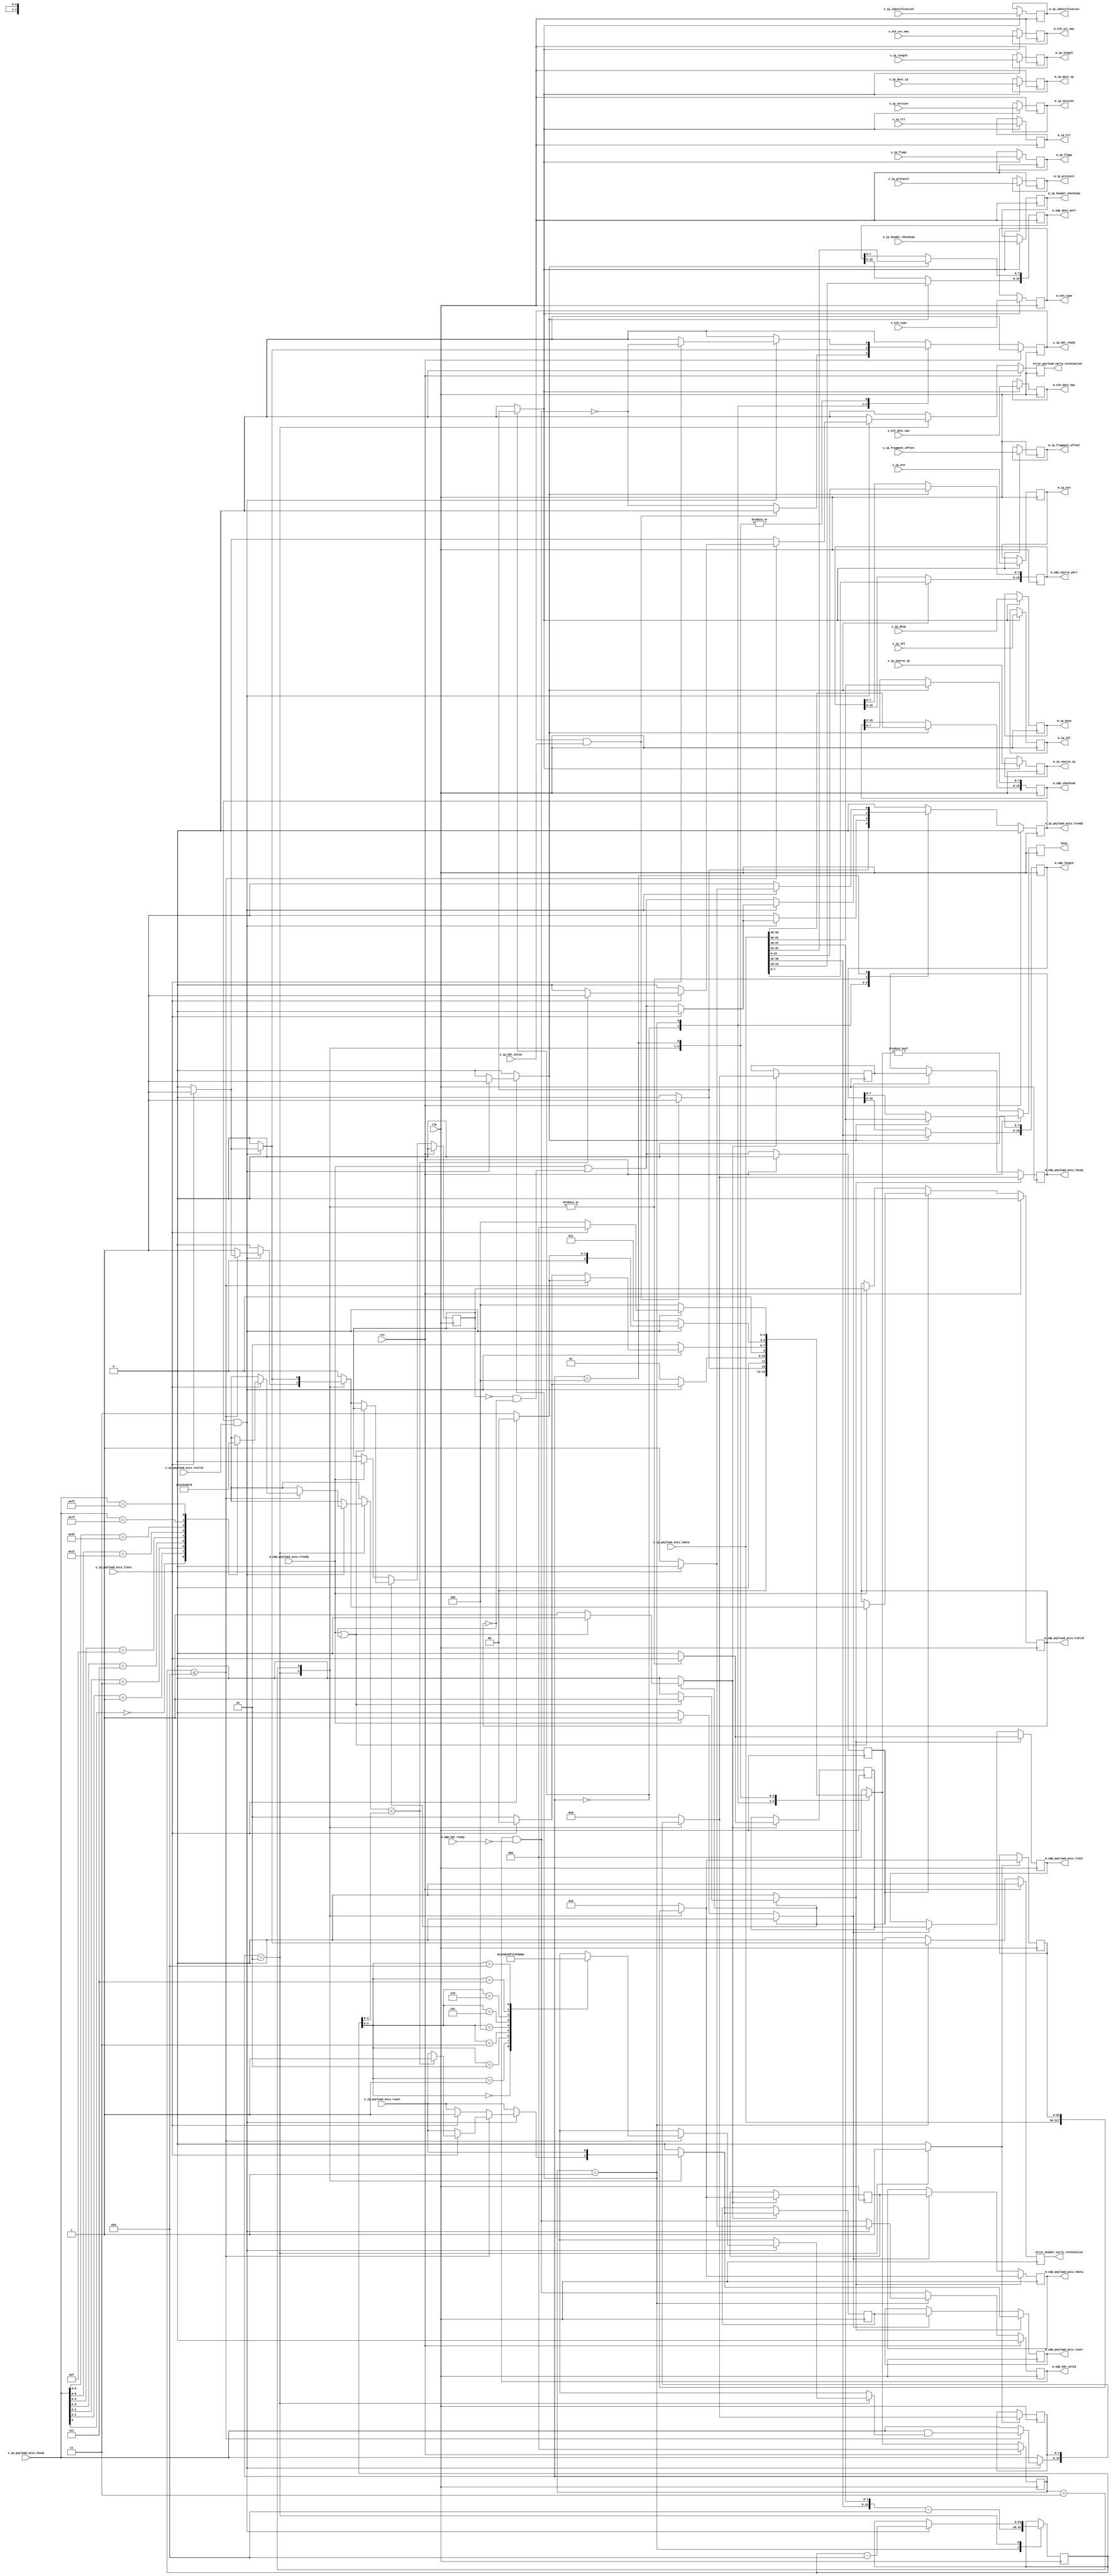
/*

Copyright (c) 2014-2018 Alex Forencich

Permission is hereby granted, free of charge, to any person obtaining a copy
of this software and associated documentation files (the "Software"), to deal
in the Software without restriction, including without limitation the rights
to use, copy, modify, merge, publish, distribute, sublicense, and/or sell
copies of the Software, and to permit persons to whom the Software is
furnished to do so, subject to the following conditions:

The above copyright notice and this permission notice shall be included in
all copies or substantial portions of the Software.

THE SOFTWARE IS PROVIDED "AS IS", WITHOUT WARRANTY OF ANY KIND, EXPRESS OR
IMPLIED, INCLUDING BUT NOT LIMITED TO THE WARRANTIES OF MERCHANTABILITY
FITNESS FOR A PARTICULAR PURPOSE AND NONINFRINGEMENT. IN NO EVENT SHALL THE
AUTHORS OR COPYRIGHT HOLDERS BE LIABLE FOR ANY CLAIM, DAMAGES OR OTHER
LIABILITY, WHETHER IN AN ACTION OF CONTRACT, TORT OR OTHERWISE, ARISING FROM,
OUT OF OR IN CONNECTION WITH THE SOFTWARE OR THE USE OR OTHER DEALINGS IN
THE SOFTWARE.

*/

// Language: Verilog 2001

`resetall
`timescale 1ns / 1ps
`default_nettype none

/*
 * UDP ethernet frame receiver (IP frame in, UDP frame out, 64 bit datapath)
 */
module udp_ip_rx_64
(
    input  wire        clk,
    input  wire        rst,

    /*
     * IP frame input
     */
    input  wire        s_ip_hdr_valid,
    output wire        s_ip_hdr_ready,
    input  wire [47:0] s_eth_dest_mac,
    input  wire [47:0] s_eth_src_mac,
    input  wire [15:0] s_eth_type,
    input  wire [3:0]  s_ip_version,
    input  wire [3:0]  s_ip_ihl,
    input  wire [5:0]  s_ip_dscp,
    input  wire [1:0]  s_ip_ecn,
    input  wire [15:0] s_ip_length,
    input  wire [15:0] s_ip_identification,
    input  wire [2:0]  s_ip_flags,
    input  wire [12:0] s_ip_fragment_offset,
    input  wire [7:0]  s_ip_ttl,
    input  wire [7:0]  s_ip_protocol,
    input  wire [15:0] s_ip_header_checksum,
    input  wire [31:0] s_ip_source_ip,
    input  wire [31:0] s_ip_dest_ip,
    input  wire [63:0] s_ip_payload_axis_tdata,
    input  wire [7:0]  s_ip_payload_axis_tkeep,
    input  wire        s_ip_payload_axis_tvalid,
    output wire        s_ip_payload_axis_tready,
    input  wire        s_ip_payload_axis_tlast,
    input  wire        s_ip_payload_axis_tuser,

    /*
     * UDP frame output
     */
    output wire        m_udp_hdr_valid,
    input  wire        m_udp_hdr_ready,
    output wire [47:0] m_eth_dest_mac,
    output wire [47:0] m_eth_src_mac,
    output wire [15:0] m_eth_type,
    output wire [3:0]  m_ip_version,
    output wire [3:0]  m_ip_ihl,
    output wire [5:0]  m_ip_dscp,
    output wire [1:0]  m_ip_ecn,
    output wire [15:0] m_ip_length,
    output wire [15:0] m_ip_identification,
    output wire [2:0]  m_ip_flags,
    output wire [12:0] m_ip_fragment_offset,
    output wire [7:0]  m_ip_ttl,
    output wire [7:0]  m_ip_protocol,
    output wire [15:0] m_ip_header_checksum,
    output wire [31:0] m_ip_source_ip,
    output wire [31:0] m_ip_dest_ip,
    output wire [15:0] m_udp_source_port,
    output wire [15:0] m_udp_dest_port,
    output wire [15:0] m_udp_length,
    output wire [15:0] m_udp_checksum,
    output wire [63:0] m_udp_payload_axis_tdata,
    output wire [7:0]  m_udp_payload_axis_tkeep,
    output wire        m_udp_payload_axis_tvalid,
    input  wire        m_udp_payload_axis_tready,
    output wire        m_udp_payload_axis_tlast,
    output wire        m_udp_payload_axis_tuser,

    /*
     * Status signals
     */
    output wire        busy,
    output wire        error_header_early_termination,
    output wire        error_payload_early_termination
);

/*

UDP Frame

 Field                       Length
 Destination MAC address     6 octets
 Source MAC address          6 octets
 Ethertype (0x0800)          2 octets
 Version (4)                 4 bits
 IHL (5-15)                  4 bits
 DSCP (0)                    6 bits
 ECN (0)                     2 bits
 length                      2 octets
 identification (0?)         2 octets
 flags (010)                 3 bits
 fragment offset (0)         13 bits
 time to live (64?)          1 octet
 protocol                    1 octet
 header checksum             2 octets
 source IP                   4 octets
 destination IP              4 octets
 options                     (IHL-5)*4 octets

 source port                 2 octets
 desination port             2 octets
 length                      2 octets
 checksum                    2 octets

 payload                     length octets

This module receives an IP frame with header fields in parallel and payload on
an AXI stream interface, decodes and strips the UDP header fields, then
produces the header fields in parallel along with the UDP payload in a
separate AXI stream.

*/

localparam [2:0]
    STATE_IDLE = 3'd0,
    STATE_READ_HEADER = 3'd1,
    STATE_READ_PAYLOAD = 3'd2,
    STATE_READ_PAYLOAD_LAST = 3'd3,
    STATE_WAIT_LAST = 3'd4;

reg [2:0] state_reg = STATE_IDLE, state_next;

// datapath control signals
reg store_ip_hdr;
reg store_hdr_word_0;
reg store_last_word;

reg [15:0] word_count_reg = 16'd0, word_count_next;

reg [63:0] last_word_data_reg = 64'd0;
reg [7:0] last_word_keep_reg = 8'd0;

reg m_udp_hdr_valid_reg = 1'b0, m_udp_hdr_valid_next;
reg [47:0] m_eth_dest_mac_reg = 48'd0;
reg [47:0] m_eth_src_mac_reg = 48'd0;
reg [15:0] m_eth_type_reg = 16'd0;
reg [3:0] m_ip_version_reg = 4'd0;
reg [3:0] m_ip_ihl_reg = 4'd0;
reg [5:0] m_ip_dscp_reg = 6'd0;
reg [1:0] m_ip_ecn_reg = 2'd0;
reg [15:0] m_ip_length_reg = 16'd0;
reg [15:0] m_ip_identification_reg = 16'd0;
reg [2:0] m_ip_flags_reg = 3'd0;
reg [12:0] m_ip_fragment_offset_reg = 13'd0;
reg [7:0] m_ip_ttl_reg = 8'd0;
reg [7:0] m_ip_protocol_reg = 8'd0;
reg [15:0] m_ip_header_checksum_reg = 16'd0;
reg [31:0] m_ip_source_ip_reg = 32'd0;
reg [31:0] m_ip_dest_ip_reg = 32'd0;
reg [15:0] m_udp_source_port_reg = 16'd0;
reg [15:0] m_udp_dest_port_reg = 16'd0;
reg [15:0] m_udp_length_reg = 16'd0;
reg [15:0] m_udp_checksum_reg = 16'd0;

reg s_ip_hdr_ready_reg = 1'b0, s_ip_hdr_ready_next;
reg s_ip_payload_axis_tready_reg = 1'b0, s_ip_payload_axis_tready_next;

reg busy_reg = 1'b0;
reg error_header_early_termination_reg = 1'b0, error_header_early_termination_next;
reg error_payload_early_termination_reg = 1'b0, error_payload_early_termination_next;

// internal datapath
reg [63:0] m_udp_payload_axis_tdata_int;
reg [7:0]  m_udp_payload_axis_tkeep_int;
reg        m_udp_payload_axis_tvalid_int;
reg        m_udp_payload_axis_tready_int_reg = 1'b0;
reg        m_udp_payload_axis_tlast_int;
reg        m_udp_payload_axis_tuser_int;
wire       m_udp_payload_axis_tready_int_early;

assign s_ip_hdr_ready = s_ip_hdr_ready_reg;
assign s_ip_payload_axis_tready = s_ip_payload_axis_tready_reg;

assign m_udp_hdr_valid = m_udp_hdr_valid_reg;
assign m_eth_dest_mac = m_eth_dest_mac_reg;
assign m_eth_src_mac = m_eth_src_mac_reg;
assign m_eth_type = m_eth_type_reg;
assign m_ip_version = m_ip_version_reg;
assign m_ip_ihl = m_ip_ihl_reg;
assign m_ip_dscp = m_ip_dscp_reg;
assign m_ip_ecn = m_ip_ecn_reg;
assign m_ip_length = m_ip_length_reg;
assign m_ip_identification = m_ip_identification_reg;
assign m_ip_flags = m_ip_flags_reg;
assign m_ip_fragment_offset = m_ip_fragment_offset_reg;
assign m_ip_ttl = m_ip_ttl_reg;
assign m_ip_protocol = m_ip_protocol_reg;
assign m_ip_header_checksum = m_ip_header_checksum_reg;
assign m_ip_source_ip = m_ip_source_ip_reg;
assign m_ip_dest_ip = m_ip_dest_ip_reg;
assign m_udp_source_port = m_udp_source_port_reg;
assign m_udp_dest_port = m_udp_dest_port_reg;
assign m_udp_length = m_udp_length_reg;
assign m_udp_checksum = m_udp_checksum_reg;

assign busy = busy_reg;
assign error_header_early_termination = error_header_early_termination_reg;
assign error_payload_early_termination = error_payload_early_termination_reg;

function [3:0] keep2count;
    input [7:0] k;
    casez (k)
        8'bzzzzzzz0: keep2count = 4'd0;
        8'bzzzzzz01: keep2count = 4'd1;
        8'bzzzzz011: keep2count = 4'd2;
        8'bzzzz0111: keep2count = 4'd3;
        8'bzzz01111: keep2count = 4'd4;
        8'bzz011111: keep2count = 4'd5;
        8'bz0111111: keep2count = 4'd6;
        8'b01111111: keep2count = 4'd7;
        8'b11111111: keep2count = 4'd8;
    endcase
endfunction

function [7:0] count2keep;
    input [3:0] k;
    case (k)
        4'd0: count2keep = 8'b00000000;
        4'd1: count2keep = 8'b00000001;
        4'd2: count2keep = 8'b00000011;
        4'd3: count2keep = 8'b00000111;
        4'd4: count2keep = 8'b00001111;
        4'd5: count2keep = 8'b00011111;
        4'd6: count2keep = 8'b00111111;
        4'd7: count2keep = 8'b01111111;
        4'd8: count2keep = 8'b11111111;
    endcase
endfunction

always @* begin
    state_next = STATE_IDLE;

    s_ip_hdr_ready_next = 1'b0;
    s_ip_payload_axis_tready_next = 1'b0;

    store_ip_hdr = 1'b0;
    store_hdr_word_0 = 1'b0;

    store_last_word = 1'b0;

    word_count_next = word_count_reg;

    m_udp_hdr_valid_next = m_udp_hdr_valid_reg && !m_udp_hdr_ready;

    error_header_early_termination_next = 1'b0;
    error_payload_early_termination_next = 1'b0;

    m_udp_payload_axis_tdata_int = 64'd0;
    m_udp_payload_axis_tkeep_int = 8'd0;
    m_udp_payload_axis_tvalid_int = 1'b0;
    m_udp_payload_axis_tlast_int = 1'b0;
    m_udp_payload_axis_tuser_int = 1'b0;

    case (state_reg)
        STATE_IDLE: begin
            // idle state - wait for header
            s_ip_hdr_ready_next = !m_udp_hdr_valid_next;

            if (s_ip_hdr_ready && s_ip_hdr_valid) begin
                s_ip_hdr_ready_next = 1'b0;
                s_ip_payload_axis_tready_next = 1'b1;
                store_ip_hdr = 1'b1;
                state_next = STATE_READ_HEADER;
            end else begin
                state_next = STATE_IDLE;
            end
        end
        STATE_READ_HEADER: begin
            // read header state
            s_ip_payload_axis_tready_next = 1'b1;

            word_count_next = {s_ip_payload_axis_tdata[39:32], s_ip_payload_axis_tdata[47:40]} - 16'd8;

            if (s_ip_payload_axis_tready && s_ip_payload_axis_tvalid) begin
                // word transfer in - store it
                state_next = STATE_READ_HEADER;

                store_hdr_word_0 = 1'b1;
                m_udp_hdr_valid_next = 1'b1;
                s_ip_payload_axis_tready_next = m_udp_payload_axis_tready_int_early;
                state_next = STATE_READ_PAYLOAD;

                if (s_ip_payload_axis_tlast) begin
                    error_header_early_termination_next = 1'b1;
                    m_udp_hdr_valid_next = 1'b0;
                    s_ip_hdr_ready_next = !m_udp_hdr_valid_next;
                    s_ip_payload_axis_tready_next = 1'b0;
                    state_next = STATE_IDLE;
                end

            end else begin
                state_next = STATE_READ_HEADER;
            end
        end
        STATE_READ_PAYLOAD: begin
            // read payload
            s_ip_payload_axis_tready_next = m_udp_payload_axis_tready_int_early;

            m_udp_payload_axis_tdata_int = s_ip_payload_axis_tdata;
            m_udp_payload_axis_tkeep_int = s_ip_payload_axis_tkeep;
            m_udp_payload_axis_tlast_int = s_ip_payload_axis_tlast;
            m_udp_payload_axis_tuser_int = s_ip_payload_axis_tuser;

            store_last_word = 1'b1;

            if (s_ip_payload_axis_tready && s_ip_payload_axis_tvalid) begin
                // word transfer through
                word_count_next = word_count_reg - 16'd8;
                m_udp_payload_axis_tvalid_int = 1'b1;
                if (word_count_reg <= 8) begin
                    // have entire payload
                    m_udp_payload_axis_tkeep_int = s_ip_payload_axis_tkeep & count2keep(word_count_reg);
                    if (s_ip_payload_axis_tlast) begin
                        if (keep2count(s_ip_payload_axis_tkeep) < word_count_reg[4:0]) begin
                            // end of frame, but length does not match
                            error_payload_early_termination_next = 1'b1;
                            m_udp_payload_axis_tuser_int = 1'b1;
                        end
                        s_ip_payload_axis_tready_next = 1'b0;
                        s_ip_hdr_ready_next = !m_udp_hdr_valid_next;
                        state_next = STATE_IDLE;
                    end else begin
                        m_udp_payload_axis_tvalid_int = 1'b0;
                        state_next = STATE_READ_PAYLOAD_LAST;
                    end
                end else begin
                    if (s_ip_payload_axis_tlast) begin
                        // end of frame, but length does not match
                        error_payload_early_termination_next = 1'b1;
                        m_udp_payload_axis_tuser_int = 1'b1;
                        s_ip_payload_axis_tready_next = 1'b0;
                        s_ip_hdr_ready_next = !m_udp_hdr_valid_next;
                        state_next = STATE_IDLE;
                    end else begin
                        state_next = STATE_READ_PAYLOAD;
                    end
                end
            end else begin
                state_next = STATE_READ_PAYLOAD;
            end
        end
        STATE_READ_PAYLOAD_LAST: begin
            // read and discard until end of frame
            s_ip_payload_axis_tready_next = m_udp_payload_axis_tready_int_early;

            m_udp_payload_axis_tdata_int = last_word_data_reg;
            m_udp_payload_axis_tkeep_int = last_word_keep_reg;
            m_udp_payload_axis_tlast_int = s_ip_payload_axis_tlast;
            m_udp_payload_axis_tuser_int = s_ip_payload_axis_tuser;

            if (s_ip_payload_axis_tready && s_ip_payload_axis_tvalid) begin
                if (s_ip_payload_axis_tlast) begin
                    s_ip_hdr_ready_next = !m_udp_hdr_valid_next;
                    s_ip_payload_axis_tready_next = 1'b0;
                    m_udp_payload_axis_tvalid_int = 1'b1;
                    state_next = STATE_IDLE;
                end else begin
                    state_next = STATE_READ_PAYLOAD_LAST;
                end
            end else begin
                state_next = STATE_READ_PAYLOAD_LAST;
            end
        end
        STATE_WAIT_LAST: begin
            // wait for end of frame; read and discard
            s_ip_payload_axis_tready_next = 1'b1;

            if (s_ip_payload_axis_tready && s_ip_payload_axis_tvalid) begin
                if (s_ip_payload_axis_tlast) begin
                    s_ip_hdr_ready_next = !m_udp_hdr_valid_next;
                    s_ip_payload_axis_tready_next = 1'b0;
                    state_next = STATE_IDLE;
                end else begin
                    state_next = STATE_WAIT_LAST;
                end
            end else begin
                state_next = STATE_WAIT_LAST;
            end
        end
    endcase
end

always @(posedge clk) begin
    if (rst) begin
        state_reg <= STATE_IDLE;
        s_ip_hdr_ready_reg <= 1'b0;
        s_ip_payload_axis_tready_reg <= 1'b0;
        m_udp_hdr_valid_reg <= 1'b0;
        busy_reg <= 1'b0;
        error_header_early_termination_reg <= 1'b0;
        error_payload_early_termination_reg <= 1'b0;
    end else begin
        state_reg <= state_next;

        s_ip_hdr_ready_reg <= s_ip_hdr_ready_next;
        s_ip_payload_axis_tready_reg <= s_ip_payload_axis_tready_next;

        m_udp_hdr_valid_reg <= m_udp_hdr_valid_next;

        error_header_early_termination_reg <= error_header_early_termination_next;
        error_payload_early_termination_reg <= error_payload_early_termination_next;

        busy_reg <= state_next != STATE_IDLE;
    end

    word_count_reg <= word_count_next;

    // datapath
    if (store_ip_hdr) begin
        m_eth_dest_mac_reg <= s_eth_dest_mac;
        m_eth_src_mac_reg <= s_eth_src_mac;
        m_eth_type_reg <= s_eth_type;
        m_ip_version_reg <= s_ip_version;
        m_ip_ihl_reg <= s_ip_ihl;
        m_ip_dscp_reg <= s_ip_dscp;
        m_ip_ecn_reg <= s_ip_ecn;
        m_ip_length_reg <= s_ip_length;
        m_ip_identification_reg <= s_ip_identification;
        m_ip_flags_reg <= s_ip_flags;
        m_ip_fragment_offset_reg <= s_ip_fragment_offset;
        m_ip_ttl_reg <= s_ip_ttl;
        m_ip_protocol_reg <= s_ip_protocol;
        m_ip_header_checksum_reg <= s_ip_header_checksum;
        m_ip_source_ip_reg <= s_ip_source_ip;
        m_ip_dest_ip_reg <= s_ip_dest_ip;
    end

    if (store_last_word) begin
        last_word_data_reg <= m_udp_payload_axis_tdata_int;
        last_word_keep_reg <= m_udp_payload_axis_tkeep_int;
    end

    if (store_hdr_word_0) begin
        m_udp_source_port_reg[15: 8] <= s_ip_payload_axis_tdata[ 7: 0];
        m_udp_source_port_reg[ 7: 0] <= s_ip_payload_axis_tdata[15: 8];
        m_udp_dest_port_reg[15: 8] <= s_ip_payload_axis_tdata[23:16];
        m_udp_dest_port_reg[ 7: 0] <= s_ip_payload_axis_tdata[31:24];
        m_udp_length_reg[15: 8] <= s_ip_payload_axis_tdata[39:32];
        m_udp_length_reg[ 7: 0] <= s_ip_payload_axis_tdata[47:40];
        m_udp_checksum_reg[15: 8] <= s_ip_payload_axis_tdata[55:48];
        m_udp_checksum_reg[ 7: 0] <= s_ip_payload_axis_tdata[63:56];
    end
end

// output datapath logic
reg [63:0] m_udp_payload_axis_tdata_reg = 64'd0;
reg [7:0]  m_udp_payload_axis_tkeep_reg = 8'd0;
reg        m_udp_payload_axis_tvalid_reg = 1'b0, m_udp_payload_axis_tvalid_next;
reg        m_udp_payload_axis_tlast_reg = 1'b0;
reg        m_udp_payload_axis_tuser_reg = 1'b0;

reg [63:0] temp_m_udp_payload_axis_tdata_reg = 64'd0;
reg [7:0]  temp_m_udp_payload_axis_tkeep_reg = 8'd0;
reg        temp_m_udp_payload_axis_tvalid_reg = 1'b0, temp_m_udp_payload_axis_tvalid_next;
reg        temp_m_udp_payload_axis_tlast_reg = 1'b0;
reg        temp_m_udp_payload_axis_tuser_reg = 1'b0;

// datapath control
reg store_udp_payload_int_to_output;
reg store_udp_payload_int_to_temp;
reg store_udp_payload_axis_temp_to_output;

assign m_udp_payload_axis_tdata = m_udp_payload_axis_tdata_reg;
assign m_udp_payload_axis_tkeep = m_udp_payload_axis_tkeep_reg;
assign m_udp_payload_axis_tvalid = m_udp_payload_axis_tvalid_reg;
assign m_udp_payload_axis_tlast = m_udp_payload_axis_tlast_reg;
assign m_udp_payload_axis_tuser = m_udp_payload_axis_tuser_reg;

// enable ready input next cycle if output is ready or if both output registers are empty
assign m_udp_payload_axis_tready_int_early = m_udp_payload_axis_tready || (!temp_m_udp_payload_axis_tvalid_reg && !m_udp_payload_axis_tvalid_reg);

always @* begin
    // transfer sink ready state to source
    m_udp_payload_axis_tvalid_next = m_udp_payload_axis_tvalid_reg;
    temp_m_udp_payload_axis_tvalid_next = temp_m_udp_payload_axis_tvalid_reg;

    store_udp_payload_int_to_output = 1'b0;
    store_udp_payload_int_to_temp = 1'b0;
    store_udp_payload_axis_temp_to_output = 1'b0;
    
    if (m_udp_payload_axis_tready_int_reg) begin
        // input is ready
        if (m_udp_payload_axis_tready || !m_udp_payload_axis_tvalid_reg) begin
            // output is ready or currently not valid, transfer data to output
            m_udp_payload_axis_tvalid_next = m_udp_payload_axis_tvalid_int;
            store_udp_payload_int_to_output = 1'b1;
        end else begin
            // output is not ready, store input in temp
            temp_m_udp_payload_axis_tvalid_next = m_udp_payload_axis_tvalid_int;
            store_udp_payload_int_to_temp = 1'b1;
        end
    end else if (m_udp_payload_axis_tready) begin
        // input is not ready, but output is ready
        m_udp_payload_axis_tvalid_next = temp_m_udp_payload_axis_tvalid_reg;
        temp_m_udp_payload_axis_tvalid_next = 1'b0;
        store_udp_payload_axis_temp_to_output = 1'b1;
    end
end

always @(posedge clk) begin
    m_udp_payload_axis_tvalid_reg <= m_udp_payload_axis_tvalid_next;
    m_udp_payload_axis_tready_int_reg <= m_udp_payload_axis_tready_int_early;
    temp_m_udp_payload_axis_tvalid_reg <= temp_m_udp_payload_axis_tvalid_next;

    // datapath
    if (store_udp_payload_int_to_output) begin
        m_udp_payload_axis_tdata_reg <= m_udp_payload_axis_tdata_int;
        m_udp_payload_axis_tkeep_reg <= m_udp_payload_axis_tkeep_int;
        m_udp_payload_axis_tlast_reg <= m_udp_payload_axis_tlast_int;
        m_udp_payload_axis_tuser_reg <= m_udp_payload_axis_tuser_int;
    end else if (store_udp_payload_axis_temp_to_output) begin
        m_udp_payload_axis_tdata_reg <= temp_m_udp_payload_axis_tdata_reg;
        m_udp_payload_axis_tkeep_reg <= temp_m_udp_payload_axis_tkeep_reg;
        m_udp_payload_axis_tlast_reg <= temp_m_udp_payload_axis_tlast_reg;
        m_udp_payload_axis_tuser_reg <= temp_m_udp_payload_axis_tuser_reg;
    end

    if (store_udp_payload_int_to_temp) begin
        temp_m_udp_payload_axis_tdata_reg <= m_udp_payload_axis_tdata_int;
        temp_m_udp_payload_axis_tkeep_reg <= m_udp_payload_axis_tkeep_int;
        temp_m_udp_payload_axis_tlast_reg <= m_udp_payload_axis_tlast_int;
        temp_m_udp_payload_axis_tuser_reg <= m_udp_payload_axis_tuser_int;
    end

    if (rst) begin
        m_udp_payload_axis_tvalid_reg <= 1'b0;
        m_udp_payload_axis_tready_int_reg <= 1'b0;
        temp_m_udp_payload_axis_tvalid_reg <= 1'b0;
    end
end

endmodule

`resetall